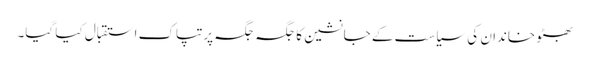
بھٹو خاندان کی سیاست کے جانشین کا جگہ جگہ پرتپاک استقبال کیا گیا۔